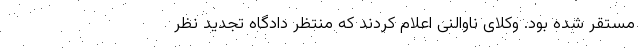
مستقر شده بود. وکلای ناوالنی اعلام کردند که منتظر دادگاه تجدید نظر